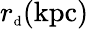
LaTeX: r_{\mathrm{{\scriptsize d}}}\mathrm{(kpc)}